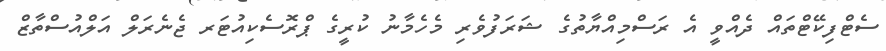
ސެޓްފިކޭޓްތައް ދެއްވީ އެ ރަސްމިއްޔާތުގެ ޝަރަފުވެރި މެހެމާނު ކުރީގެ ޕްރޮސެކިއުޓަރ ޖެނެރަލް އަލްއުސްތާޒް